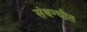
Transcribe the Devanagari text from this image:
संबन्धीत